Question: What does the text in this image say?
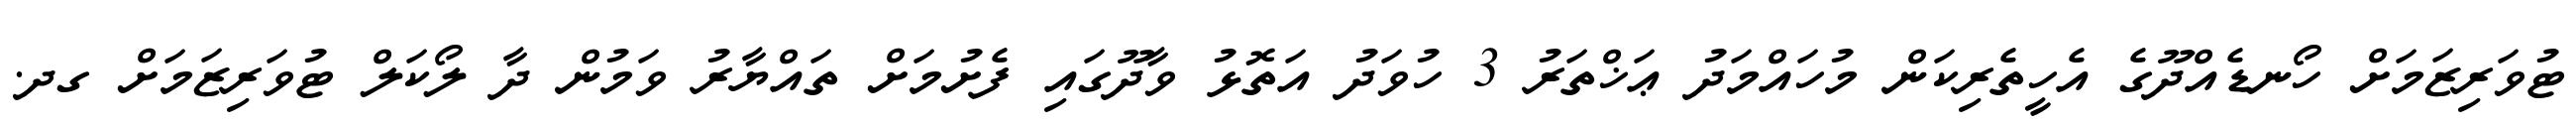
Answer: ޓުވަރިޒަމަށް ހޯނޑެއްދޫގެ އެހީތެރިކަން މުހައްމަދު ޢަޚްތަރު 3 ހުވަދު އަތޮޅު ވާދޫގައި ފެށުމަށް ތައްޔާރު ވަމުން ދާ ލޯކަލް ޓުވަރިޒަމަށް ގދ.